Annual report on the mental hospital in the Central Provinces and Berar (Nagpur) - 1927-1951
Year: 1927
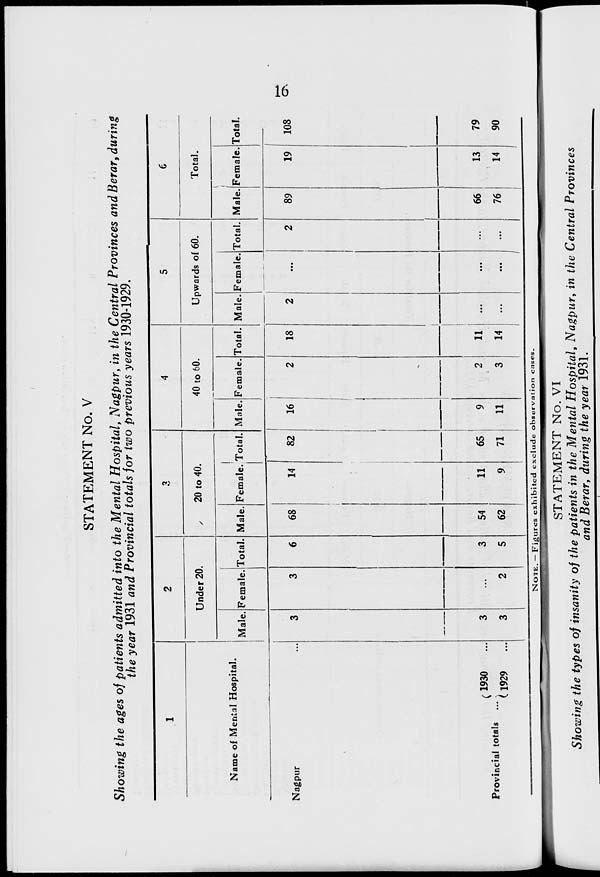
16
STATEMENT No. V
Showing the ages of patients admitted into the Mental Hospital, Nagpur, in the Central Provinces and Berar, during
the year 1931 and Provincial totals for two previous years 1930-1929.
1
Name of Mental Hospital.
Nagpur ...
Provincial totals ...
1930 ...
1929 ...
2
Under 20.
Male.
3
3
3
Female.
3
...
2
Total.
6
3
5
3
20 to 40.
Male.
68
54
62
Female.
14
11
9
Total.
82
65
71
4
40 to 60.
Male.
16
9
11
Female.
2
2
3
Total.
18
11
14
5
Upwards of 60.
Male.
2
...
...
Female.
...
...
...
Total.
2
...
...
6
Total.
Male.
89
66
76
Female.
19
13
14
Total.
108
79
90
NOTE.— Figures exhibited exclude observation cases.